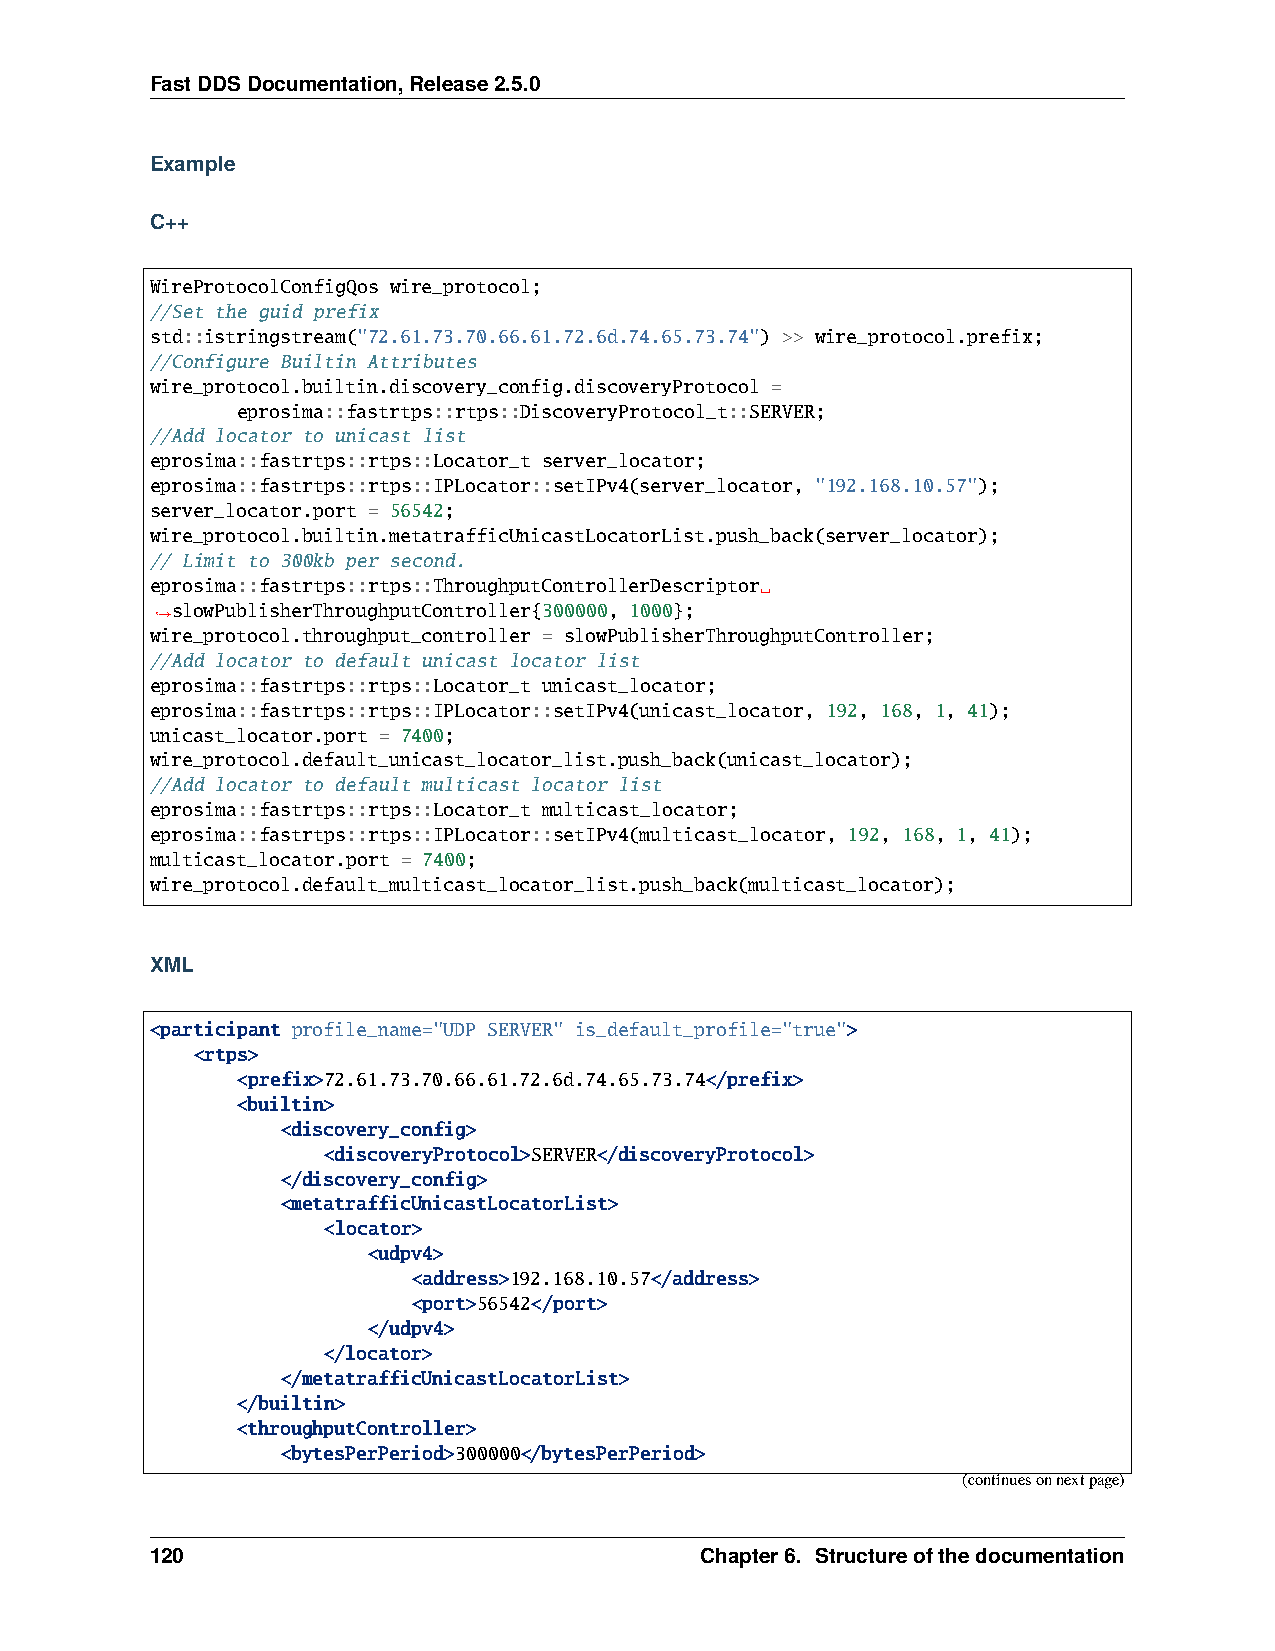
FastDDSDocumentation,Release2.5.0
 Example
 C++
 WireProtocolConfigQos wire_protocol;
 //Set the guid prefix
 std::istringstream("72.61.73.70.66.61.72.6d.74.65.73.74") >> wire_protocol.prefix;
 //Configure Builtin Attributes
 wire_protocol.builtin.discovery_config.discoveryProtocol =
 eprosima::fastrtps::rtps::DiscoveryProtocol_t::SERVER;
 //Add locator to unicast list
 eprosima::fastrtps::rtps::Locator_t server_locator;
 eprosima::fastrtps::rtps::IPLocator::setIPv4(server_locator, "192.168.10.57");
 server_locator.port = 56542;
 wire_protocol.builtin.metatrafficUnicastLocatorList.push_back(server_locator);
 // Limit to 300kb per second.
 eprosima::fastrtps::rtps::ThroughputControllerDescriptor␣
 slowPublisherThroughputController{300000, 1000};
 ˓→
 wire_protocol.throughput_controller = slowPublisherThroughputController;
 //Add locator to default unicast locator list
 eprosima::fastrtps::rtps::Locator_t unicast_locator;
 eprosima::fastrtps::rtps::IPLocator::setIPv4(unicast_locator, 192, 168, 1, 41);
 unicast_locator.port = 7400;
 wire_protocol.default_unicast_locator_list.push_back(unicast_locator);
 //Add locator to default multicast locator list
 eprosima::fastrtps::rtps::Locator_t multicast_locator;
 eprosima::fastrtps::rtps::IPLocator::setIPv4(multicast_locator, 192, 168, 1, 41);
 multicast_locator.port = 7400;
 wire_protocol.default_multicast_locator_list.push_back(multicast_locator);
 XML
 <participant profile_name="UDP SERVER" is_default_profile="true">
 <rtps>
 <prefix>72.61.73.70.66.61.72.6d.74.65.73.74</prefix>
 <builtin>
 <discovery_config>
 <discoveryProtocol>SERVER</discoveryProtocol>
 </discovery_config>
 <metatrafficUnicastLocatorList>
 <locator>
 <udpv4>
 <address>192.168.10.57</address>
 <port>56542</port>
 </udpv4>
 </locator>
 </metatrafficUnicastLocatorList>
 </builtin>
 <throughputController>
 <bytesPerPeriod>300000</bytesPerPeriod>
 (continuesonnextpage)
 120                                 Chapter6. Structureofthedocumentation